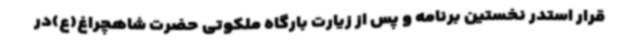
قرار استدر نخستین برنامه و پس از زیارت بارگاه ملکوتی حضرت شاهچراغ(ع)در